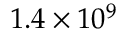
1 . 4 \times 1 0 ^ { 9 }